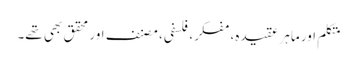
متکلم اور ماہر عقیدہ، مفکر، فلسفی، مصنف اور محقق بھی تھے۔